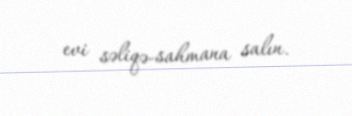
evi səliqə-sahmana salın.